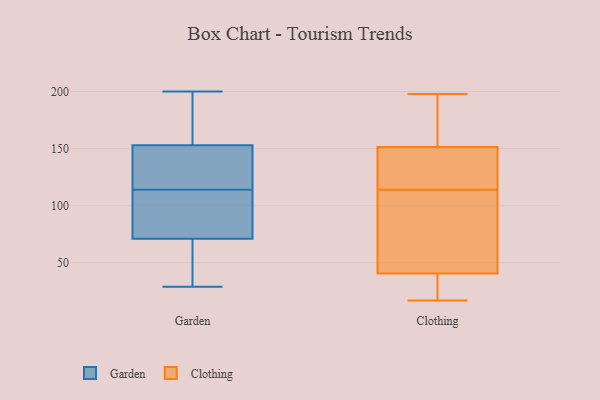
{"axis": {"x": "Demand Index", "y": "Value"}, "legend": ["Clothing", "Garden"], "data": [{"x": "", "y": 200, "type": "Garden"}, {"x": "", "y": 31, "type": "Garden"}, {"x": "", "y": 71, "type": "Garden"}, {"x": "", "y": 158, "type": "Garden"}, {"x": "", "y": 29, "type": "Garden"}, {"x": "", "y": 104, "type": "Garden"}, {"x": "", "y": 138, "type": "Garden"}, {"x": "", "y": 71, "type": "Garden"}, {"x": "", "y": 124, "type": "Garden"}, {"x": "", "y": 69, "type": "Garden"}, {"x": "", "y": 165, "type": "Garden"}, {"x": "", "y": 114, "type": "Garden"}, {"x": "", "y": 177, "type": "Garden"}, {"x": "", "y": 122, "type": "Garden"}, {"x": "", "y": 113, "type": "Garden"}, {"x": "", "y": 124, "type": "Clothing"}, {"x": "", "y": 56, "type": "Clothing"}, {"x": "", "y": 17, "type": "Clothing"}, {"x": "", "y": 154, "type": "Clothing"}, {"x": "", "y": 149, "type": "Clothing"}, {"x": "", "y": 188, "type": "Clothing"}, {"x": "", "y": 198, "type": "Clothing"}, {"x": "", "y": 104, "type": "Clothing"}, {"x": "", "y": 167, "type": "Clothing"}, {"x": "", "y": 26, "type": "Clothing"}, {"x": "", "y": 141, "type": "Clothing"}, {"x": "", "y": 75, "type": "Clothing"}, {"x": "", "y": 136, "type": "Clothing"}, {"x": "", "y": 44, "type": "Clothing"}, {"x": "", "y": 22, "type": "Clothing"}, {"x": "", "y": 37, "type": "Clothing"}]}